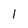
Character: 1